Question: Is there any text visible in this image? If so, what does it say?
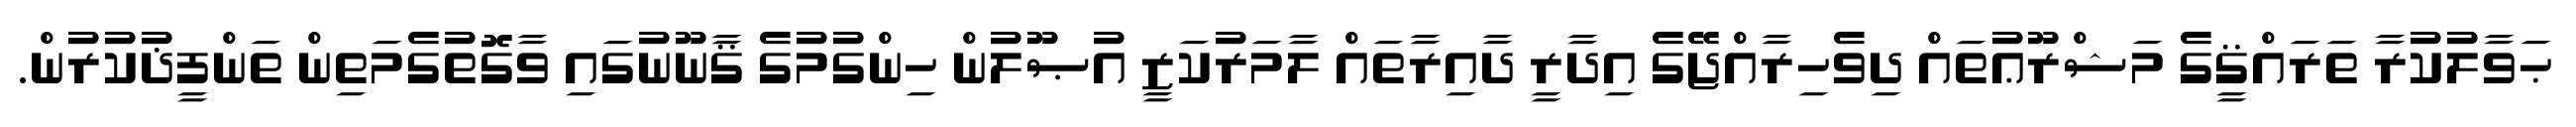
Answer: ޙަވާލުކުރާ ތަރައްޤީގެ މަޝްރޫޢުތައް ދިވެހިރާއްޖޭގެ އިދާރީ ދާއިރާތައް ލާމަރުކަޒީ އުޞޫލުން ހިންގުމުގެ ޤާނޫނުގައި ވާގޮތުގެމަތިން ތަންފީޛުކުރުން.